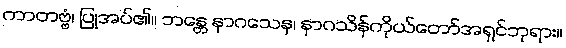
ကာတဗ္ဗံ၊ ပြုအပ်၏။ ဘန္တေ နာဂသေန၊ နာဂသိန်ကိုယ်တော်အရှင်ဘုရား။